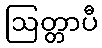
ဩတ္တာပီ